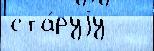
ста́руjу